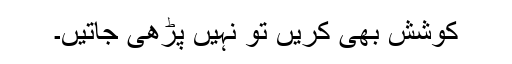
کوشش بھی کریں تو نہیں پڑھی جاتیں۔